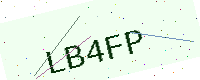
Text: LB4FP